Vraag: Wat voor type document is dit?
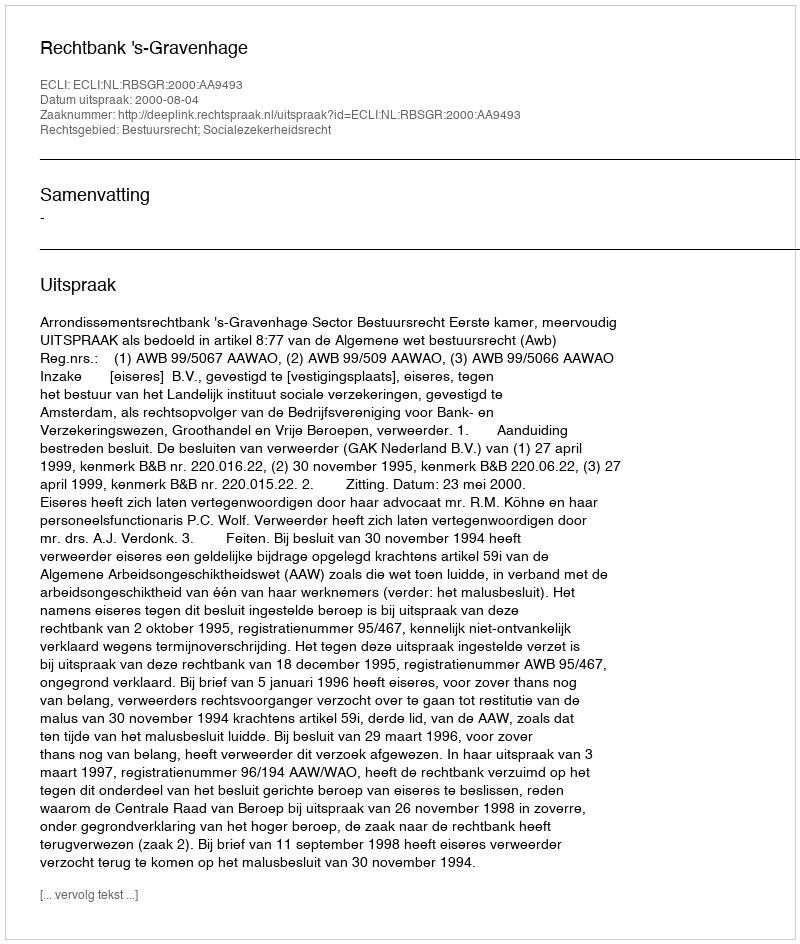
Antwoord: Uitspraak